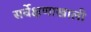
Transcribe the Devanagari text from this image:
सर्वेक्षणाखाली